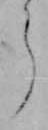
ら